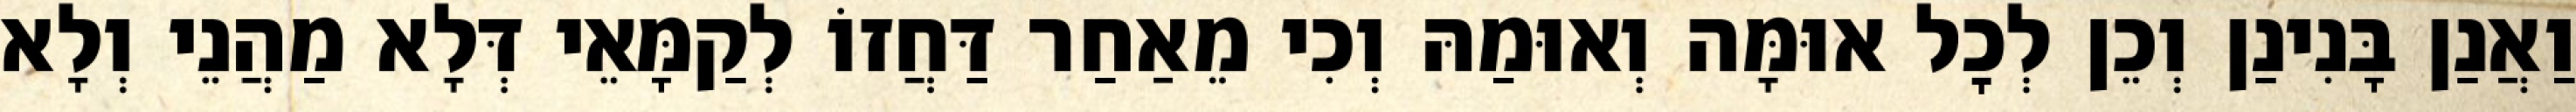
וַאֲנַן בָּנִינַן וְכֵן לְכׇל אוּמָּה וְאוּמַהּ וְכִי מֵאַחַר דַּחֲזוֹ לְקַמָּאֵי דְּלָא מַהֲנֵי וְלָא